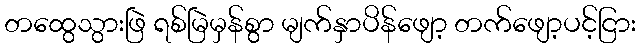
တထွေသွားဖြဲ ရစ်မြဲမှန်စွာ မျက်နှာပိန်ဖျော့ တက်ဖျော့ပင့်ငြား